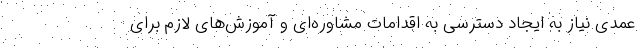
عمدی نیاز به ایجاد دسترسی به اقدامات مشاوره‌ای و آموزش‌های لازم برای